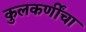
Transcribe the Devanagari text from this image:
कुलकर्णींचा